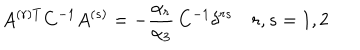
LaTeX: A ^ { ( r ) T } C ^ { - 1 } A ^ { ( s ) } = - { \frac { \alpha _ { r } } { \alpha _ { 3 } } } \, C ^ { - 1 } \delta ^ { r s } \quad r , s = 1 , 2